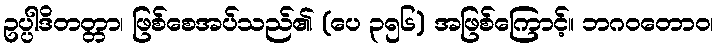
ဥပ္ပါဒိတတ္တာ၊ ဖြစ်စေအပ်သည်၏ (ပေ ၃၅၆) အဖြစ်ကြောင့်။ ဘဂဝတောဝ၊